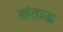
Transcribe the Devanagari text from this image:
खंताऊ